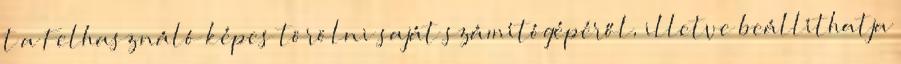
t a Felhasználó képes törölni saját számítógépéről, illetve beállíthatja